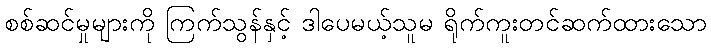
စစ်ဆင်မှုများကို ကြက်သွန်နှင့် ဒါပေမယ့်သူမ ရိုက်ကူးတင်ဆက်ထားသော